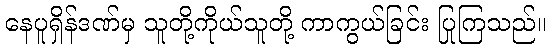
နေပူရှိန်ဒဏ်မှ သူတို့ကိုယ်သူတို့ ကာကွယ်ခြင်း ပြုကြသည်။